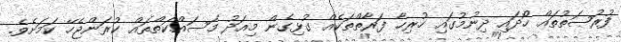
ފުރުޞަތުތައް ހޯދައި ދިނުމުގައި ހުރިހާ ފަރާތްތަކެއް ގުޅިގެން މިއަދު މަސައްކަތްތައް ކުރަންޖެހޭ ކަމަށެވެ.